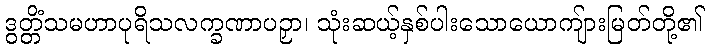
ဒွတ္တိံသမဟာပုရိသလက္ခဏာပဉှာ၊ သုံးဆယ့်နှစ်ပါးသောယောကျ်ားမြတ်တို့၏